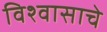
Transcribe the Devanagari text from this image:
विश्वासाचे